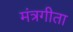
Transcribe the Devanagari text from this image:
मंत्रगीता